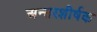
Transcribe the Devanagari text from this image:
अन्तरशीर्षक